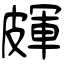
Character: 皹